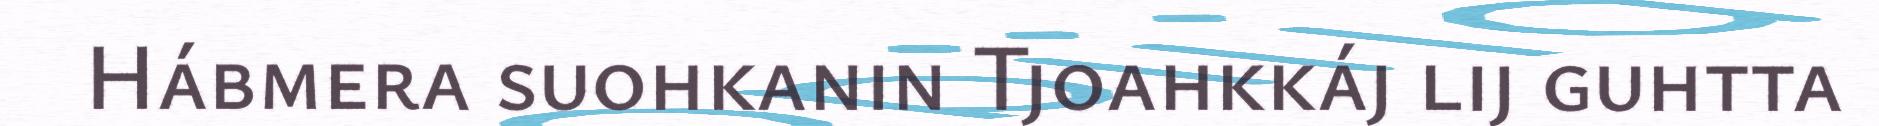
Hábmera suohkanin Tjoahkkáj lij guhtta